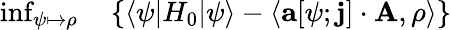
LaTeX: \begin{array}{rl}{\operatorname*{inf}_{\psi\mapsto\rho}}&{{}\left\{ \langle\psi|H_{0}|\psi\rangle-\langle\mathbf{a}[\psi;\mathbf{j}]\cdot\mathbf{A},\rho\rangle\right\} }\end{array}